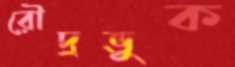
রৌদ্রভুক